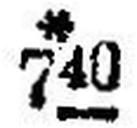
* 740